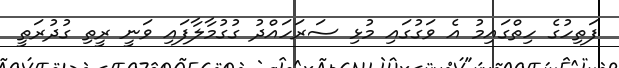
ފަތިހުގެ ހިތްގައިމު އެ ވަގުުގައި މުޅި ސަރަހައްދު ގުގުމާލާފައި ވަނީ ރީތި ގުދުރަތީ